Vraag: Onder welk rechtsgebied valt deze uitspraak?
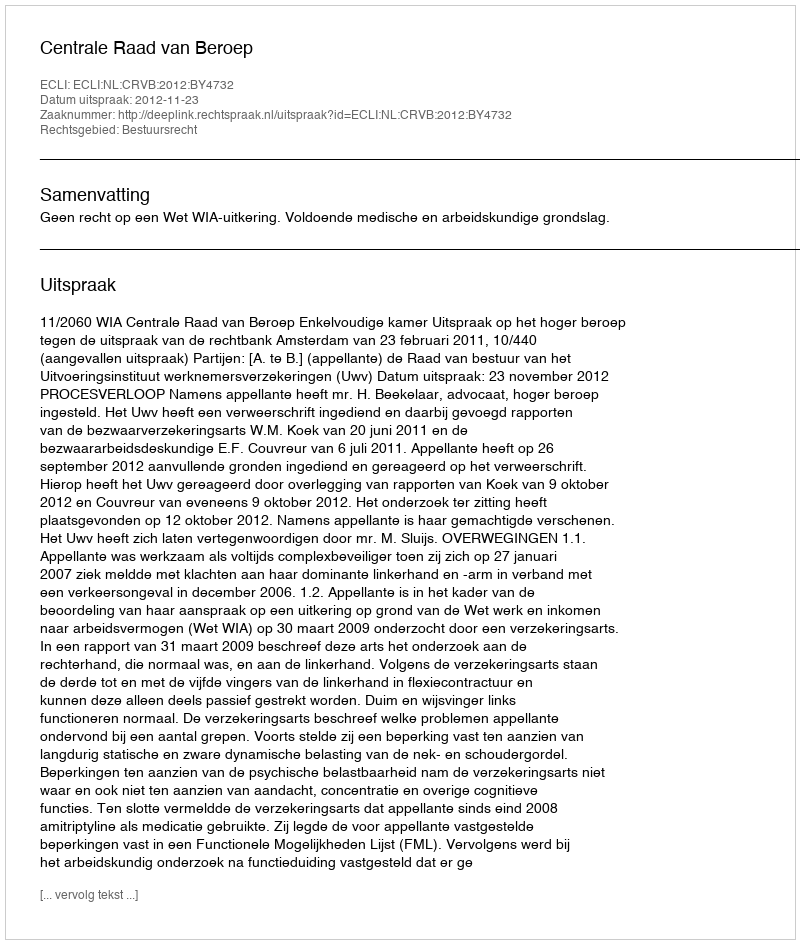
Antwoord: Bestuursrecht